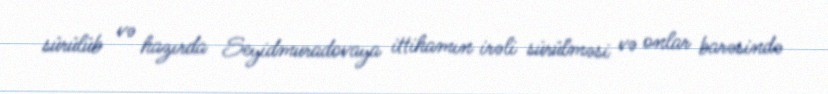
sürülüb və hazırda Seyidmuradovaya ittihamın irəli sürülməsi və onlar barəsində